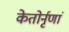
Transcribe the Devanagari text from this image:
केतोर्नृणां